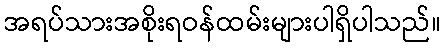
အရပ်သားအစိုးရဝန်ထမ်းများပါရှိပါသည်။